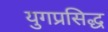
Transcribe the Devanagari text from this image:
युगप्रसिद्ध